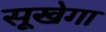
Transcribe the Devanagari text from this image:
सूखेगा